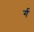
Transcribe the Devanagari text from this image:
र्ग